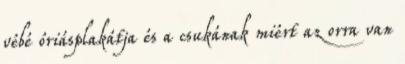
vébé óriásplakátja és a csukának miért az orra van